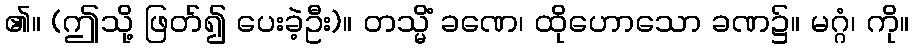
၏။ (ဤသို့ ဖြတ်၍ ပေးခဲ့ဦး)။ တသ္မိံ ခဏေ၊ ထိုဟောသော ခဏ၌။ မဂ္ဂံ၊ ကို။